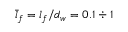
\bar { l } _ { f } = l _ { f } / d _ { w } = 0 . 1 \div 1